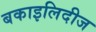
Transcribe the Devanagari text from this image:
बकाइलिदीज